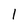
Character: 1